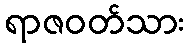
ရာဇဝတ်သား